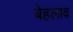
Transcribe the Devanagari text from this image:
बेहलाव